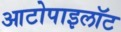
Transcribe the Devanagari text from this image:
आटोपाइलॉट